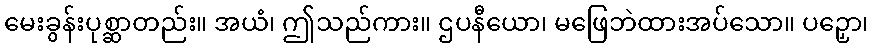
မေးခွန်းပုစ္ဆာတည်း။ အယံ၊ ဤသည်ကား။ ဌပနီယော၊ မဖြေဘဲထားအပ်သော။ ပဉှော၊